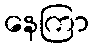
နေကြာ